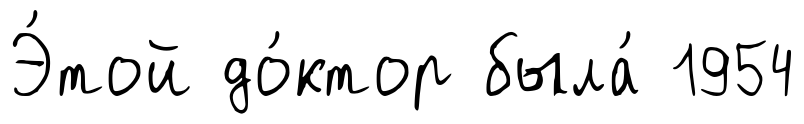
Э́той до́ктор была́ 1954